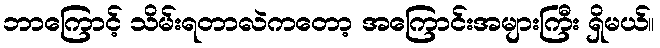
ဘာကြောင့် သိမ်းရတာလဲကတော့ အကြောင်းအများကြီး ရှိမယ်။